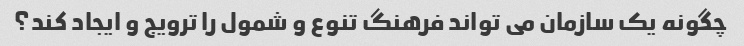
چگونه یک سازمان می تواند فرهنگ تنوع و شمول را ترویج و ایجاد کند؟